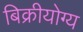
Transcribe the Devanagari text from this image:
बिक्रीयोग्य